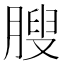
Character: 膄